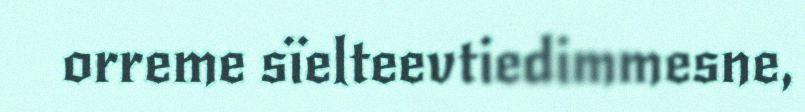
orreme sïelteevtiedimmesne,